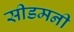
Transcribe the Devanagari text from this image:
सीडमनी